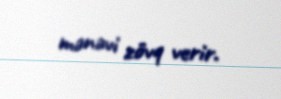
mənəvi zövq verir.